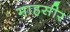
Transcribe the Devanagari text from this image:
माहसीर